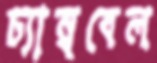
চ্যাম্ববেল